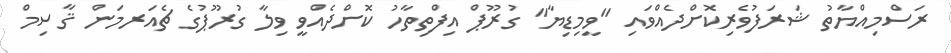
ރަސްމިއްޔާތު ޝަރަފުވެރިކޮށްދެއްވައި "ވީމިޑިޔާ" ގުރޫޕް އިފްތިތާހު ކޮށްދެއްވީ ވިލާ ގުރޫޕުގެ ޗެއަރމަން ޤާސިމް